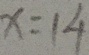
x = 1 4